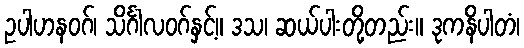
ဥပါဟနဝဂ်၊ သိင်္ဂါလဝဂ်နှင့်။ ဒသ၊ ဆယ်ပါးတို့တည်း။ ဒုကနိပါတံ၊